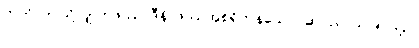
ဣတိ၊ ဤသို့လျှင်။ ဖဿာဒီနိ၊ ဖဿအစရှိကုန်သော။ ဆပညာသ၊ ၅-ကျိပ်